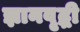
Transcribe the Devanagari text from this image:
ज्ञानवृद्धी